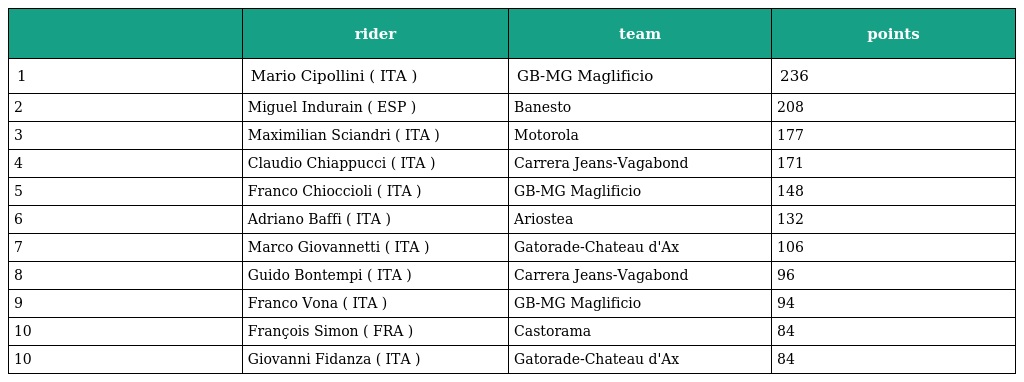
|  | rider | team | points |
 | --- | --- | --- | --- |
 | 1 | Mario Cipollini ( ITA ) | GB-MG Maglificio | 236 |
 | 2 | Miguel Indurain ( ESP ) | Banesto | 208 |
 | 3 | Maximilian Sciandri ( ITA ) | Motorola | 177 |
 | 4 | Claudio Chiappucci ( ITA ) | Carrera Jeans-Vagabond | 171 |
 | 5 | Franco Chioccioli ( ITA ) | GB-MG Maglificio | 148 |
 | 6 | Adriano Baffi ( ITA ) | Ariostea | 132 |
 | 7 | Marco Giovannetti ( ITA ) | Gatorade-Chateau d'Ax | 106 |
 | 8 | Guido Bontempi ( ITA ) | Carrera Jeans-Vagabond | 96 |
 | 9 | Franco Vona ( ITA ) | GB-MG Maglificio | 94 |
 | 10 | François Simon ( FRA ) | Castorama | 84 |
 | 10 | Giovanni Fidanza ( ITA ) | Gatorade-Chateau d'Ax | 84 |